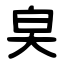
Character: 㚖